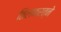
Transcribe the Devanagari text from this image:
तिलकरत्‍ने